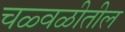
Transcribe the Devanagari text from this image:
चळ्वळीतील